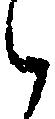
ら